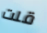
قلت